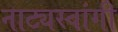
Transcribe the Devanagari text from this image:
नाट्यस्वांगी